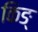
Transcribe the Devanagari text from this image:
किङ्